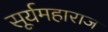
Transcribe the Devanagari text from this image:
सूर्यमहाराज